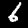
Digit: 6